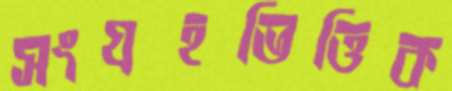
সংগ্রহভিত্তিক